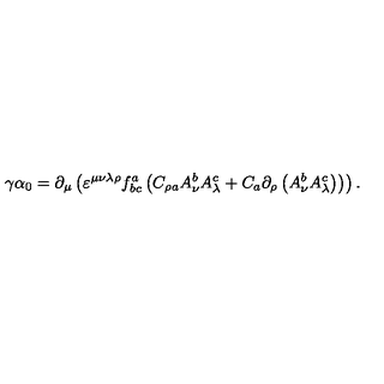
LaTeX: \gamma \alpha _ { 0 } = \partial _ { \mu } \left( \varepsilon ^ { \mu \nu \lambda \rho } f _ { b c } ^ { a } \left( C _ { \rho a } A _ { \nu } ^ { b } A _ { \lambda } ^ { c } + C _ { a } \partial _ { \rho } \left( A _ { \nu } ^ { b } A _ { \lambda } ^ { c } \right) \right) \right) .